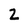
Character: 2